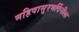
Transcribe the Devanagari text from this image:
महिषासुरमर्दिनीला